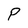
Character: P